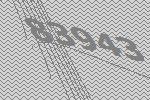
83943